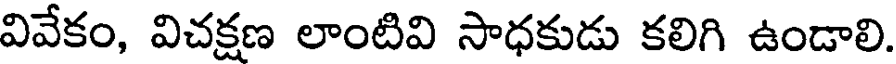
వివేకం, విచక్షణ లాంటివి సాధకుడు కలిగి ఉండాలి.